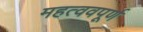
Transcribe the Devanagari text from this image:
महत्ववपूर्ण